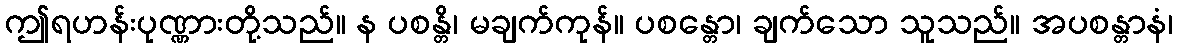
ဤရဟန်းပုဏ္ဏားတို့သည်။ န ပစန္တိ၊ မချက်ကုန်။ ပစန္တော၊ ချက်သော သူသည်။ အပစန္တာနံ၊